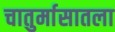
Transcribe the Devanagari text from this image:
चातुर्मासातला